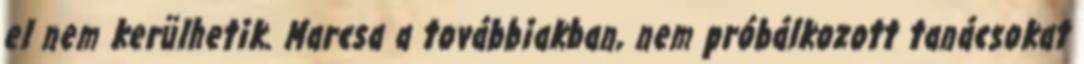
el nem kerülhetik. Marcsa a továbbiakban, nem próbálkozott tanácsokat